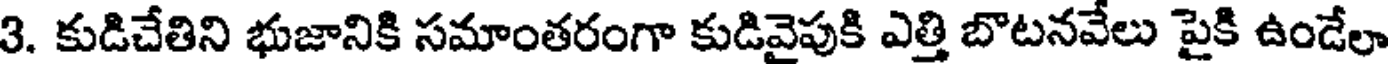
3. కుడిచేతిని భుజానికి సమాంతరంగా కుడివైపుకి ఎత్తి బొటనవేలు పైకి ఉండేలా